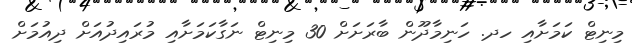
މިނިޓް ކަމަށާއި ހދ. ހަނިމާދޫން ބާރަށަށް 30 މިނިޓް ނަގާކަމަށާއި މުރައިދުއަށް ދިއުމަށް